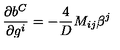
\frac { \partial b ^ { C } } { \partial g ^ { i } } = - \frac { 4 } { D } { M } _ { i j } \beta ^ { j }